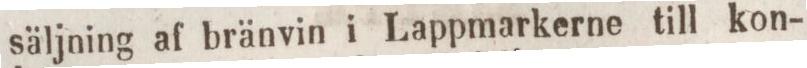
säljning af bränvin i Lappmarkerne till kon-